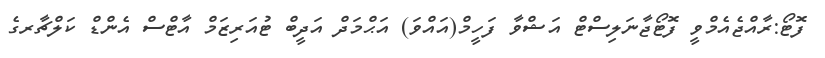
ފޮޓޯ:ރާއްޖެއެމްވީ ފޮޓޯޖާނަލިސްޓް އަޝްވާ ފަހީމް(އައްވަ) އަޙްމަދް އަދީބް ޓުއަރިޒަމް އާޓްސް އެންޑް ކަލްޗާރގެ